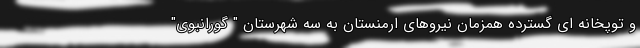
و توپخانه ای گسترده همزمان نیروهای ارمنستان به سه شهرستان " گورانبوی"